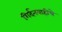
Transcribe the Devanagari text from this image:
गिर्दनवाहीचे